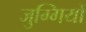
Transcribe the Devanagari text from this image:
जुग्गियों